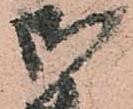
御